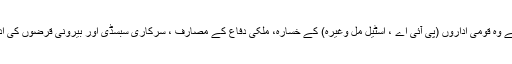
اب صوبوں سے کہا گیا ہے وہ قومی اداروں (پی آئی اے ، اسٹیل مل وغیرہ) کے خسارہ، ملکی دفاع کے مصارف ، سرکاری سبسڈی اور بیرونی قرضوں کی ادائیگی میں حصہ دار بنیں۔